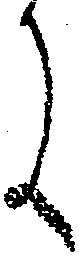
に